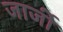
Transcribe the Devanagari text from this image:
जार्जी